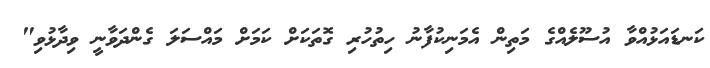
ކަނޑައަޅުއްވާ އުސޫލެއްގެ މަތިން އެމަނިކުފާނު ހިތުހުރި ގޮތަކަށް ކަމަށް މައްސަލަ ގެންދަވާނީ ވިދާޅުވި"